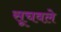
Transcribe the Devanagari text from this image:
सूचवले